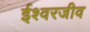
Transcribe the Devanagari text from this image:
ईश्वरजीव